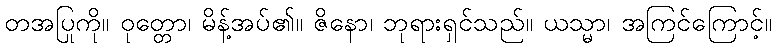
တအပြုကို။ ဝုတ္တော၊ မိန့်အပ်၏။ ဇိနော၊ ဘုရားရှင်သည်။ ယသ္မာ၊ အကြင်ကြောင့်။